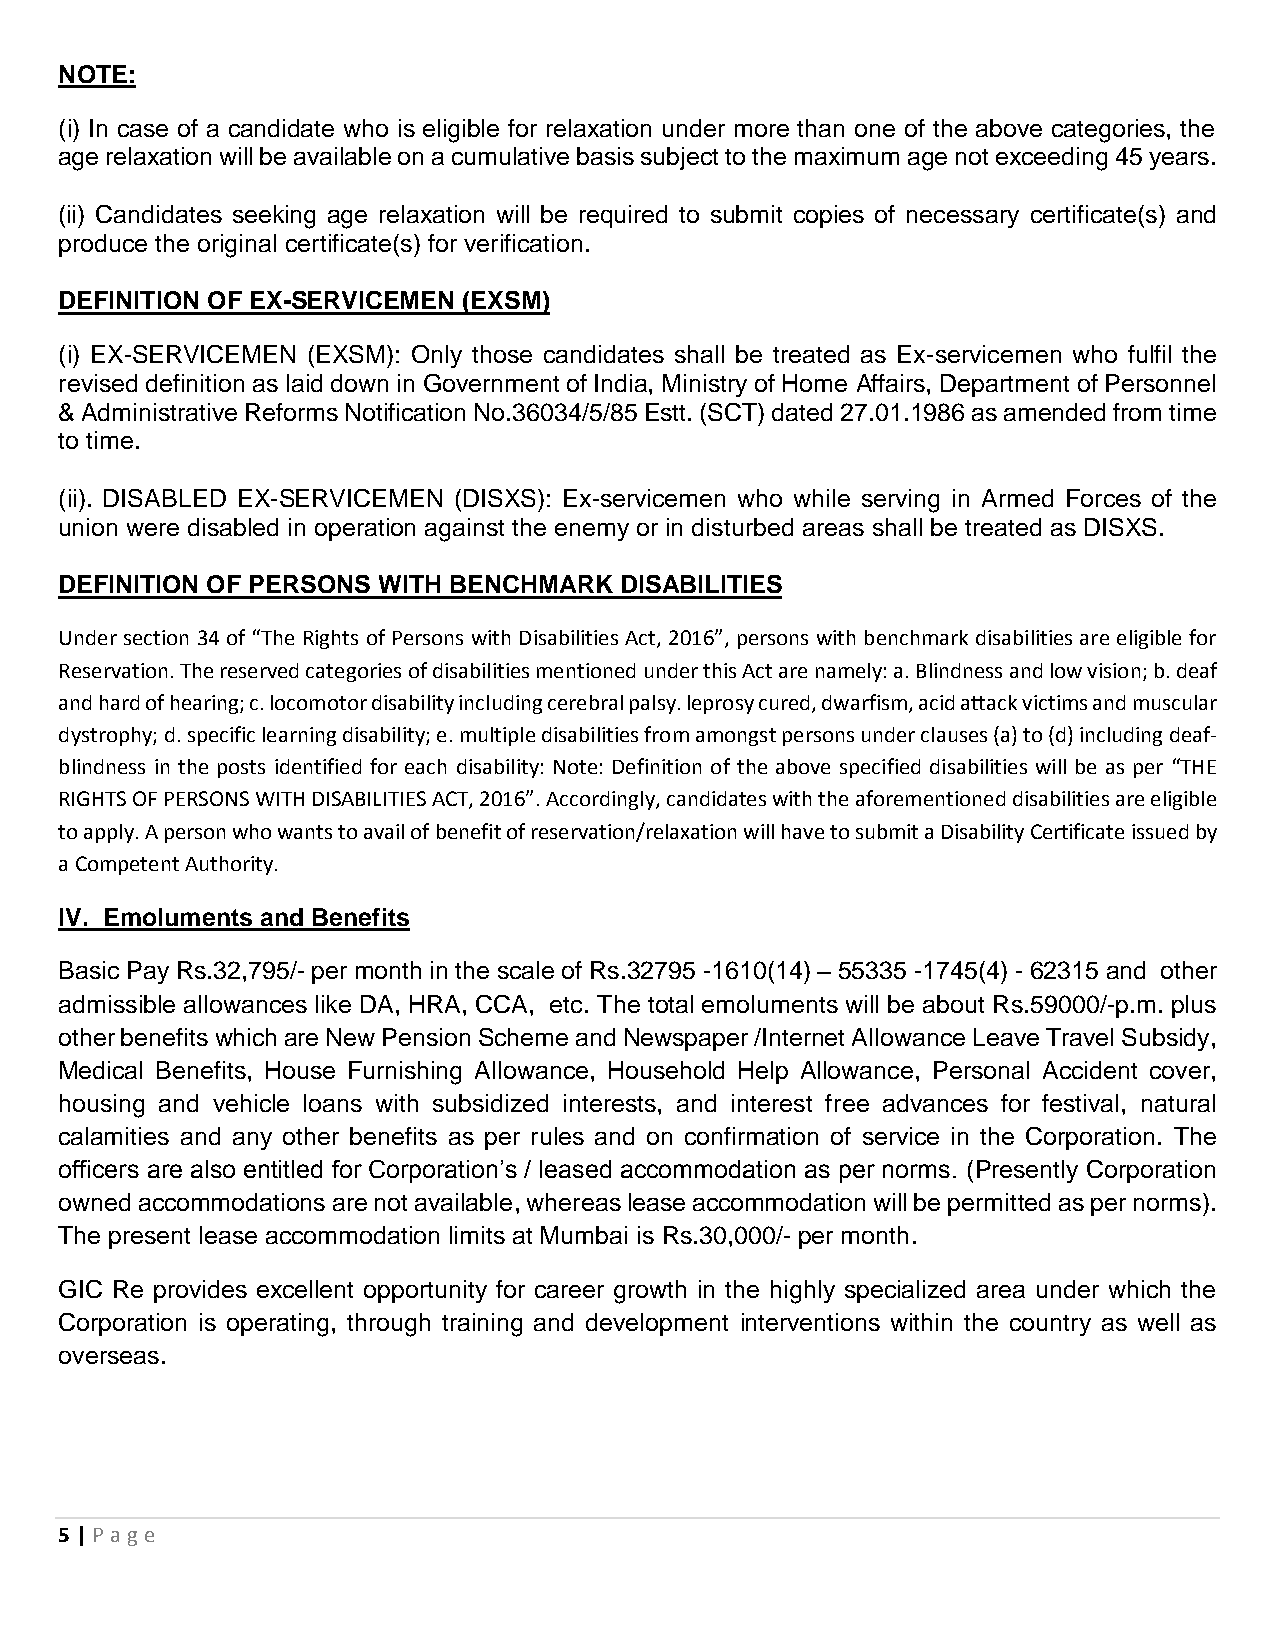
NOTE:
 (i) In case of a candidate who is eligible for relaxation under more than one of the above categories, the
 age relaxation will be available on a cumulative basis subject to the maximum age not exceeding 45 years.
 (ii) Candidates seeking age relaxation will be required to submit copies of necessary certificate(s) and
 produce the original certificate(s) for verification.
 DEFINITION OF EX-SERVICEMEN (EXSM)
 (i) EX-SERVICEMEN (EXSM): Only those candidates shall be treated as Ex-servicemen who fulfil the
 revised definition as laid down in Government of India, Ministry of Home Affairs, Department of Personnel
 & Administrative Reforms Notification No.36034/5/85 Estt. (SCT) dated 27.01.1986 as amended from time
 to time.
 (ii). DISABLED EX-SERVICEMEN (DISXS): Ex-servicemen who while serving in Armed Forces of the
 union were disabled in operation against the enemy or in disturbed areas shall be treated as DISXS.
 DEFINITION OF PERSONS WITH BENCHMARK DISABILITIES
 Under section 34 of “The Rights of Persons with Disabilities Act, 2016”, persons with benchmark disabilities are eligible for
 Reservation. The reserved categories of disabilities mentioned under this Act are namely: a. Blindness and low vision; b. deaf
 and hard of hearing; c. locomotor disability including cerebral palsy. leprosy cured, dwarfism, acid attack victims and muscular
 dystrophy; d. specific learning disability; e. multiple disabilities from amongst persons under clauses (a) to (d) including deaf-
 blindness in the posts identified for each disability: Note: Definition of the above specified disabilities will be as per “THE
 RIGHTS OF PERSONS WITH DISABILITIES ACT, 2016”. Accordingly, candidates with the aforementioned disabilities are eligible
 to apply. A person who wants to avail of benefit of reservation/relaxation will have to submit a Disability Certificate issued by
 a Competent Authority.
 IV. Emoluments and Benefits
 Basic Pay Rs.32,795/- per month in the scale of Rs.32795 -1610(14) – 55335 -1745(4) - 62315 and other
 admissible allowances like DA, HRA, CCA, etc. The total emoluments will be about Rs.59000/-p.m. plus
 other benefits which are New Pension Scheme and Newspaper /Internet Allowance Leave Travel Subsidy,
 Medical Benefits, House Furnishing Allowance, Household Help Allowance, Personal Accident cover,
 housing and vehicle loans with subsidized interests, and interest free advances for festival, natural
 calamities and any other benefits as per rules and on confirmation of service in the Corporation. The
 officers are also entitled for Corporation’s / leased accommodation as per norms. (Presently Corporation
 owned accommodations are not available, whereas lease accommodation will be permitted as per norms).
 The present lease accommodation limits at Mumbai is Rs.30,000/- per month.
 GIC Re provides excellent opportunity for career growth in the highly specialized area under which the
 Corporation is operating, through training and development interventions within the country as well as
 overseas.
 5 | P age